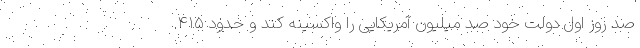
صد روز اول دولت خود صد میلیون آمریکایی را واکسینه کند و حدود ۴۱۵